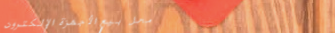
محل بيع الأجهزة الإلكترون